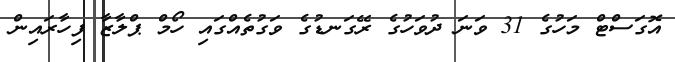
އޮގަސްޓް މަހުގެ 31 ވަނަ ދުވަހުގެ ރޭގަނޑުގެ ވަގުތެއްގައި ހޯމް ޕްލާޒާ ފިހާރައިން